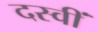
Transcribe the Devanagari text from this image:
दस्वीं